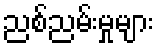
ညစ်ညမ်းမှုများ